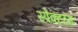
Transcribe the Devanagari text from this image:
स्पेक्टरम